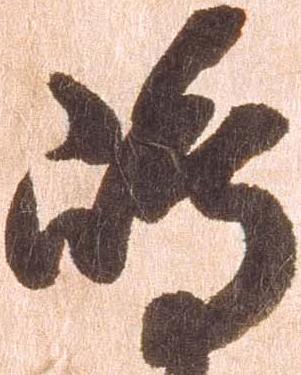
嶋